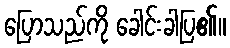
ပြောသည်ကို ခေါင်းခါပြ၏။